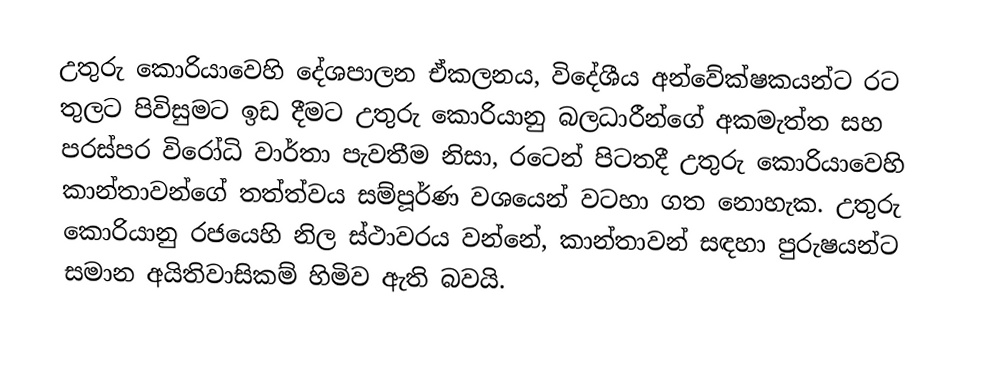
උතුරු කොරියාවෙහි දේශපාලන ඒකලනය, විදේශීය අන්වේක්ෂකයන්ට රට තුලට පිවිසුමට ඉඩ දීමට උතුරු කොරියානු බලධාරීන්ගේ අකමැත්ත සහ පරස්පර විරෝධි වාර්තා පැවතීම නිසා, රටෙන් පිටතදී   උතුරු කොරියාවෙහි කාන්තාවන්ගේ තත්ත්වය සම්පූර්ණ වශයෙන් වටහා ගත නොහැක. උතුරු කොරියානු රජයෙහි නිල ස්ථාවරය වන්නේ, කාන්තාවන් සඳහා පුරුෂයන්ට සමාන අයිතිවාසිකම් හිමිව ඇති බවයි.